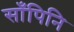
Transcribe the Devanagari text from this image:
साँपिनि